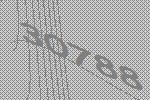
30788